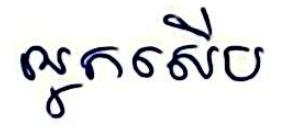
អ្នកសើប